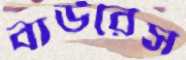
বাউরেস